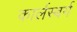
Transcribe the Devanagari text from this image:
कार्लस्बर्ग